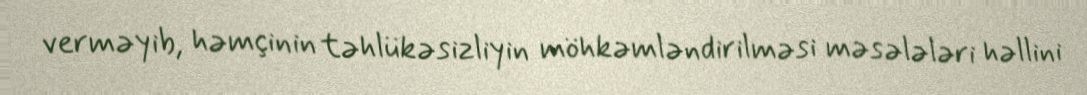
verməyib, həmçinin təhlükəsizliyin möhkəmləndirilməsi məsələləri həllini